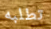
تطلبه